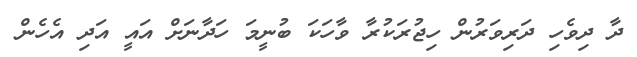
ދާ ދިވެހި ދަރިވަރުން ހިޖުރަކުރާ ވާހަކަ ބުނީމަ ހަދާނަށް އައީ އަދި އެހެން